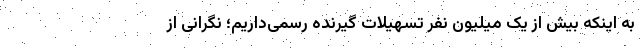
به اینکه بیش از یک میلیون نفر تسهیلات گیرنده رسمی‌داریم؛ نگرانی از